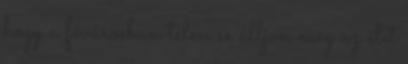
hogy a fővárosban télen se álljon meg az élet